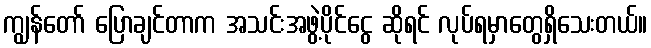
ကျွန်တော် ပြောချင်တာက အသင်းအဖွဲ့ပိုင်ငွေ ဆိုရင် လုပ်ရမှာတွေရှိသေးတယ်။